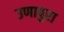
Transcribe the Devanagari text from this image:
उणापुरा